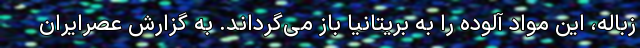
زباله، این مواد آلوده را به بریتانیا باز می‌گرداند. به گزارش عصرایران